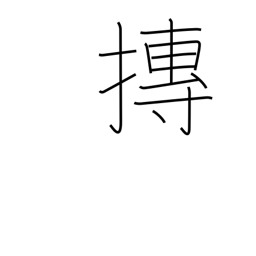
Meaning: roll into a ball